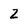
Character: 2